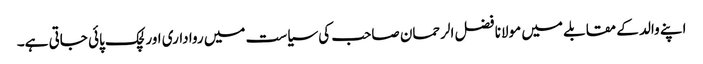
اپنے والد کے مقابلے میں مولانا فضل الرحمان صاحب کی سیاست میں رواداری اور لچک پائی جاتی ہے۔